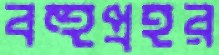
বহুপ্রহর